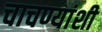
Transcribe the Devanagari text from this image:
चाचण्यांशी